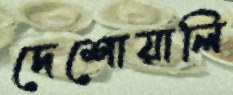
দেশোয়ালি